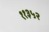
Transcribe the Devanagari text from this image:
११३५२